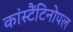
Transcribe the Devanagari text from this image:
कांस्टैंटिनोपल